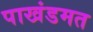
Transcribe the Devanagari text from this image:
पाखंडमत